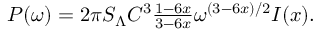
\begin{array} { r } { P ( \omega ) = 2 \pi S _ { \Lambda } C ^ { 3 } \frac { 1 - 6 x } { 3 - 6 x } \omega ^ { ( 3 - 6 x ) / 2 } I ( x ) . } \end{array}